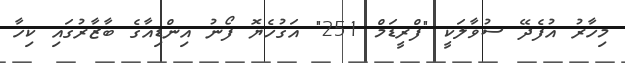
މިހާރު އުފެދޭ ސުވާލަކީ "ފްރީޑަމް 251" އަގުހެޔޮ ފޯނު އިންޑިއާގެ ބާޒާރުގައި ކިހާ